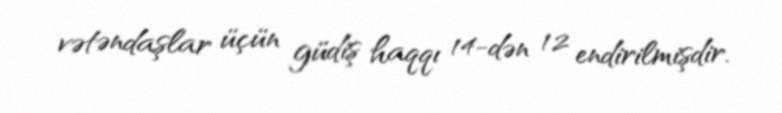
vətəndaşlar üçün güdiş haqqı 14-dən 12 endirilmişdir.